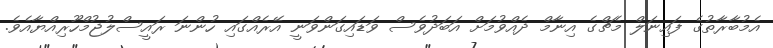
އެމުބާރާތުގެ ފައިނަލް މެޗްގެ އިނާމް ދެއްވުމަށް އަބަދުވެސް ވަޑައިގަންވަނީ އޭރެއްގައި ހުންނަ ރައީސްލުޖުމްހޫރިއްޔާއެވެ.